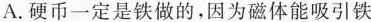
A.硬币一定是铁做的，因为磁体能吸引铁